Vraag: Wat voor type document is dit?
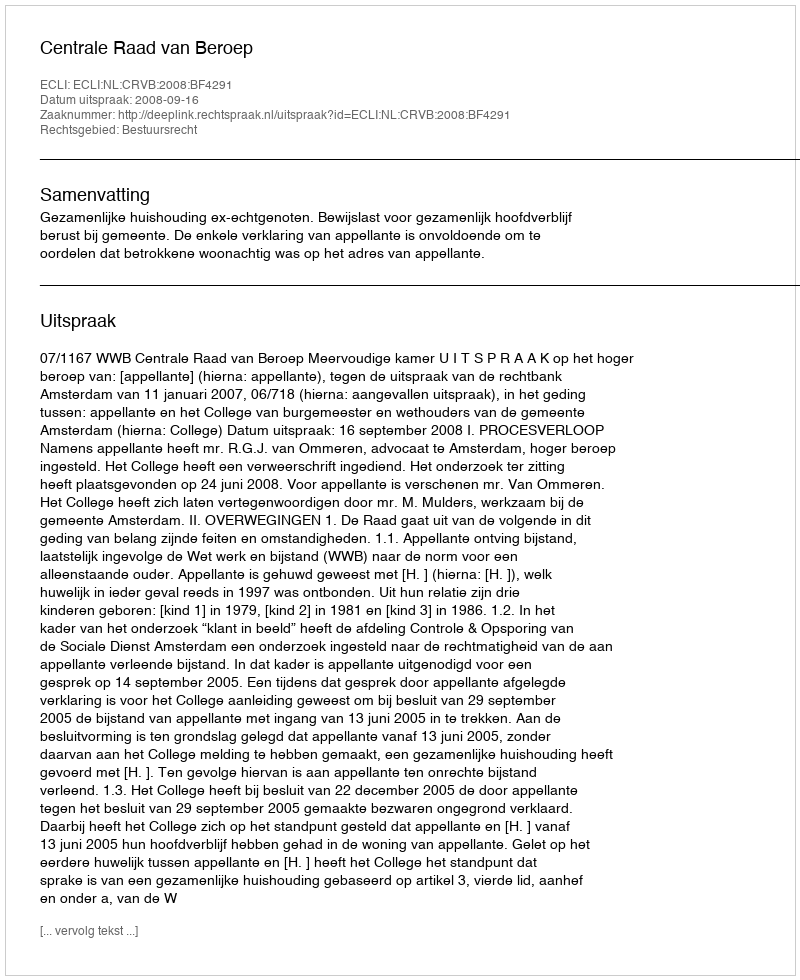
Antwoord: Uitspraak